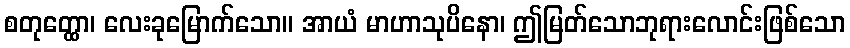
စတုတ္ထော၊ လေးခုမြောက်သော။ အာယံ မာဟာသုပိနော၊ ဤမြတ်သောဘုရားလောင်းဖြစ်သော